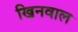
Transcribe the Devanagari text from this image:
खिनवाल